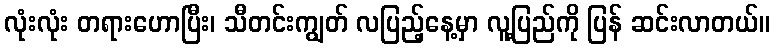
လုံးလုံး တရားဟောပြီး၊ သီတင်းကျွတ် လပြည့်နေ့မှာ လူ့ပြည်ကို ပြန် ဆင်းလာတယ်။